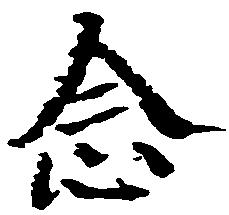
念